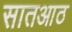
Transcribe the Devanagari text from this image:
सातआठ